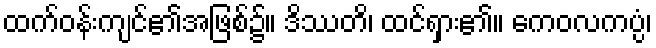
ထက်ဝန်းကျင်၏အဖြစ်၌။ ဒိဿတိ၊ ထင်ရှား၏။ ကေဝလကပ္ပံ၊